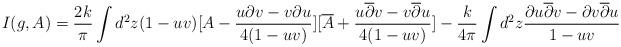
LaTeX: \begin{align*}I(g,A)= \frac {2k}{\pi } \int d^2 z (1-uv) [A- \frac {u \partial v - v\partial u }{ 4(1-uv)} ][ \overline {A} + \frac {u \overline {\partial} v - v \overline{\partial } u}{ 4 (1-uv)} ]-\frac {k}{4 \pi} \int d^2 z \frac { \partial u \overline {\partial } v -\partial v \overline {\partial } u}{ 1-uv}\end{align*}